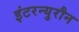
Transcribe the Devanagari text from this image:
इंटरन्युरौन